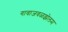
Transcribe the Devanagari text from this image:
गावाजवळझेलम